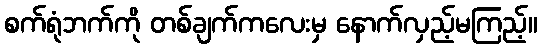
စက်ရုံဘက်ကို တစ်ချက်ကလေးမှ နောက်လှည့်မကြည့်။